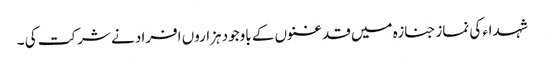
شہداء کی نماز جنازہ میں قدغنوں کے باوجود ہزاروں افراد نے شرکت کی ۔